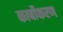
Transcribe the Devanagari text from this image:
कार्बोकरण